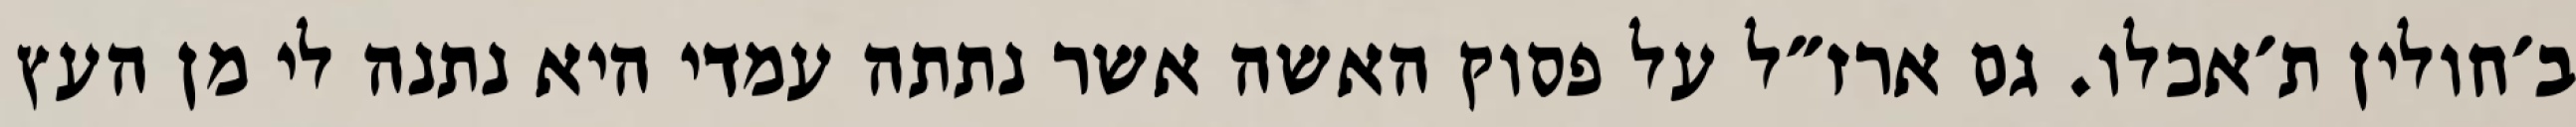
ב׳חולין ת׳אכלו. גם ארז״ל על פסוק האשה אשר נתתה עמדי היא נתנה לי מן העץ